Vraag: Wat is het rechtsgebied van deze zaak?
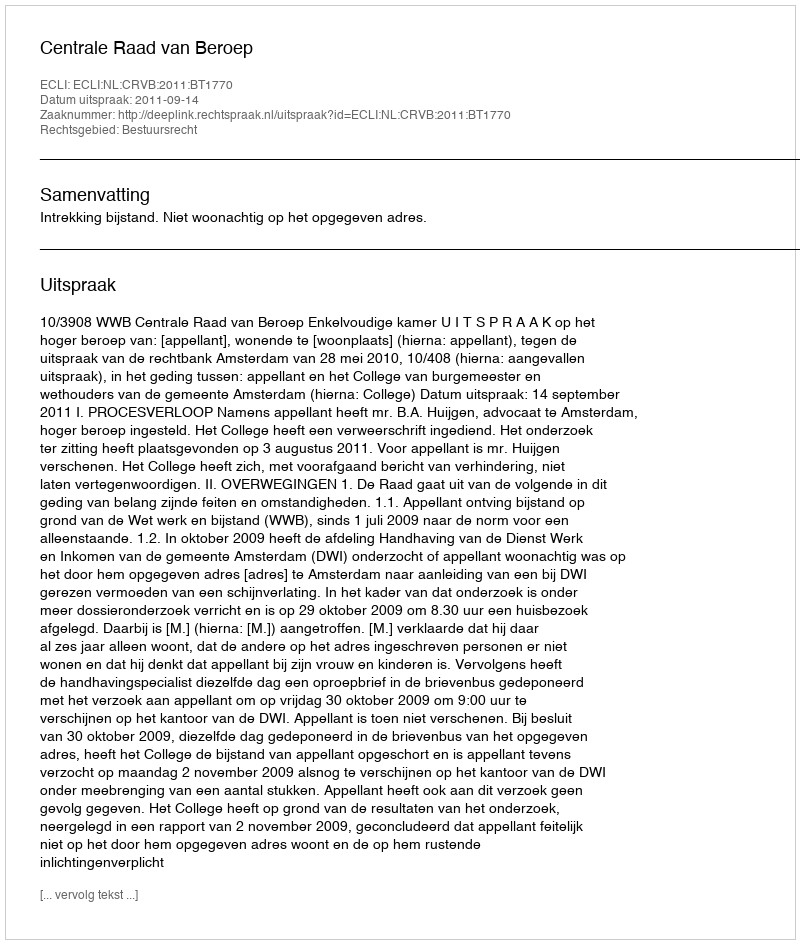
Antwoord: Bestuursrecht